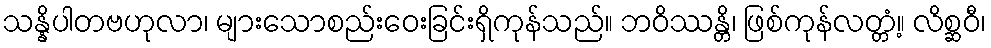
သန္နိပါတဗဟုလာ၊ များသောစည်းဝေးခြင်းရှိကုန်သည်။ ဘဝိဿန္တိ၊ ဖြစ်ကုန်လတ္တံ့။ လိစ္ဆဝီ၊